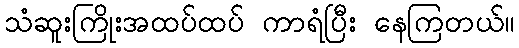
သံဆူးကြိုးအထပ်ထပ် ကာရံပြီး နေကြတယ်။